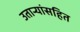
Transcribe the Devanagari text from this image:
उतार्‍यांसहित